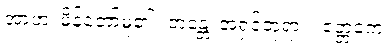
အာဟ၊ မိန့်တော်မူ၏။ ဘန္တေ၊ အရှင်ဘုရား။ ဧတ္တကေ၊